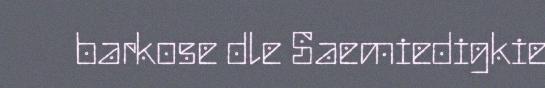
barkose dle Saemiedigkie